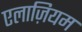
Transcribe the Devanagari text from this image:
एलाज़ियम